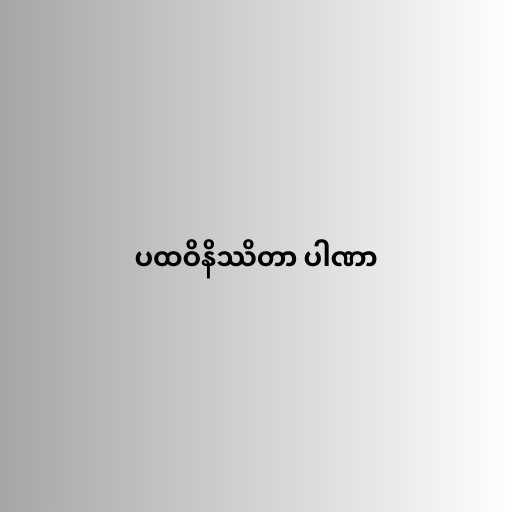
ပထဝိနိဿိတာ ပါဏာ